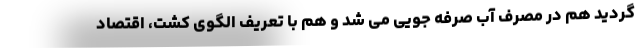
گردید هم در مصرف آب صرفه جویی می شد و هم با تعریف الگوی کشت، اقتصاد